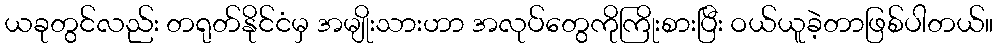
ယခုတွင်လည်း တရုတ်နိုင်ငံမှ အမျိုးသားဟာ အလုပ်တွေကိုကြိုးစားပြီး ဝယ်ယူခဲ့တာဖြစ်ပါတယ်။